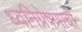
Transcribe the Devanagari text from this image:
ध्वनिप्रेषणाची